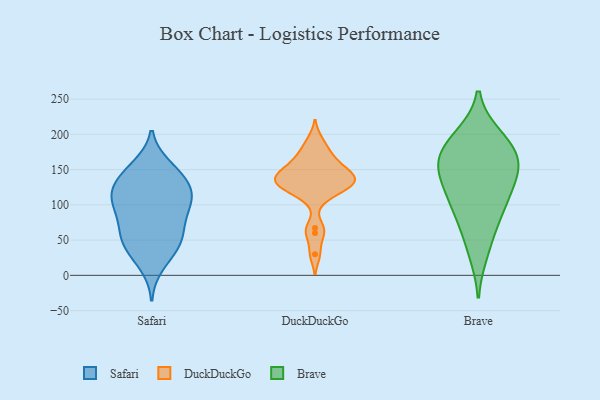
{"axis": {"x": "Website Visitors", "y": "Value"}, "legend": ["Brave", "DuckDuckGo", "Safari"], "data": [{"x": "", "y": 65, "type": "Safari"}, {"x": "", "y": 155, "type": "Safari"}, {"x": "", "y": 119, "type": "Safari"}, {"x": "", "y": 36, "type": "Safari"}, {"x": "", "y": 118, "type": "Safari"}, {"x": "", "y": 89, "type": "Safari"}, {"x": "", "y": 120, "type": "Safari"}, {"x": "", "y": 66, "type": "Safari"}, {"x": "", "y": 116, "type": "Safari"}, {"x": "", "y": 14, "type": "Safari"}, {"x": "", "y": 48, "type": "Safari"}, {"x": "", "y": 99, "type": "Safari"}, {"x": "", "y": 40, "type": "Safari"}, {"x": "", "y": 134, "type": "Safari"}, {"x": "", "y": 103, "type": "Safari"}, {"x": "", "y": 151, "type": "Safari"}, {"x": "", "y": 49, "type": "Safari"}, {"x": "", "y": 87, "type": "Safari"}, {"x": "", "y": 144, "type": "Safari"}, {"x": "", "y": 168, "type": "DuckDuckGo"}, {"x": "", "y": 60, "type": "DuckDuckGo"}, {"x": "", "y": 130, "type": "DuckDuckGo"}, {"x": "", "y": 146, "type": "DuckDuckGo"}, {"x": "", "y": 176, "type": "DuckDuckGo"}, {"x": "", "y": 111, "type": "DuckDuckGo"}, {"x": "", "y": 139, "type": "DuckDuckGo"}, {"x": "", "y": 147, "type": "DuckDuckGo"}, {"x": "", "y": 150, "type": "DuckDuckGo"}, {"x": "", "y": 67, "type": "DuckDuckGo"}, {"x": "", "y": 192, "type": "DuckDuckGo"}, {"x": "", "y": 136, "type": "DuckDuckGo"}, {"x": "", "y": 118, "type": "DuckDuckGo"}, {"x": "", "y": 160, "type": "DuckDuckGo"}, {"x": "", "y": 30, "type": "DuckDuckGo"}, {"x": "", "y": 126, "type": "DuckDuckGo"}, {"x": "", "y": 131, "type": "DuckDuckGo"}, {"x": "", "y": 131, "type": "DuckDuckGo"}, {"x": "", "y": 112, "type": "Brave"}, {"x": "", "y": 151, "type": "Brave"}, {"x": "", "y": 197, "type": "Brave"}, {"x": "", "y": 31, "type": "Brave"}, {"x": "", "y": 174, "type": "Brave"}, {"x": "", "y": 129, "type": "Brave"}, {"x": "", "y": 164, "type": "Brave"}, {"x": "", "y": 175, "type": "Brave"}, {"x": "", "y": 62, "type": "Brave"}, {"x": "", "y": 137, "type": "Brave"}, {"x": "", "y": 155, "type": "Brave"}, {"x": "", "y": 93, "type": "Brave"}, {"x": "", "y": 198, "type": "Brave"}, {"x": "", "y": 93, "type": "Brave"}]}